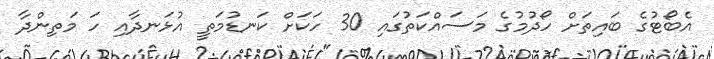
އެބޯޓުގެ ބައިތަށް ހޯދުމުގެ މަސައްކަތުގައި 30 ހަކަށް ކަނޑުމަތީ އުޅަނދާއި ހަ މަތިންދާ